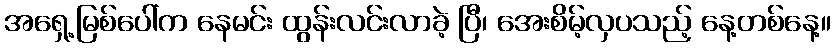
အရှေ့မြစ်ပေါ်က နေမင်း ထွန်းလင်းလာခဲ့ ပြီ၊ အေးစိမ့်လှပသည့် နေ့တစ်နေ့။